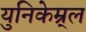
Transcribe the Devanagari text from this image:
युनिकेम्र्ल